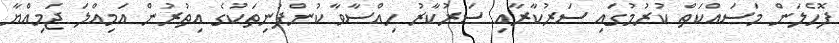
ފޮހެލަން މަސައްކަތް ކުރުމުގައި ސަރުކާރާއި ސަރުކާރު ހިއްސާވާ ކުންފުނިތަކުގެ އިތުރުން އަމިއްލަ ޖަމިއްޔާ